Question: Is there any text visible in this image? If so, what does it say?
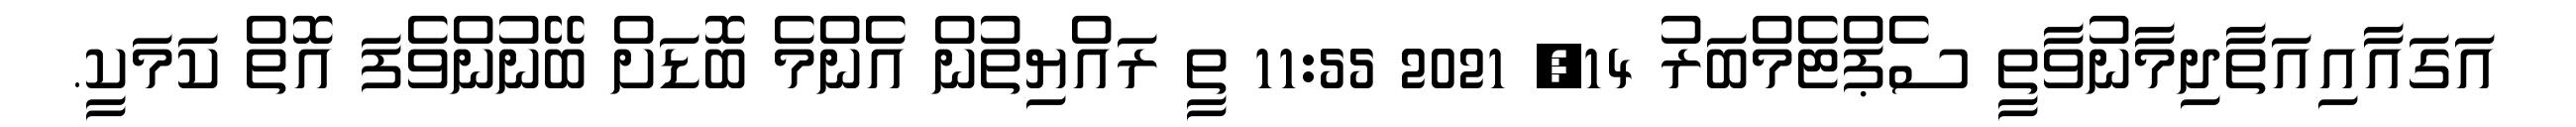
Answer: އަގައާއިއަތާދިމާނުވާތީ ސެޕްޓެމްބަރު 14, 2021 11:55 ތީ ރައްޔިތުން އެންމެ ބޮޑަށް ބޭނުންވެފަ އޮތް ކަމަކީ.